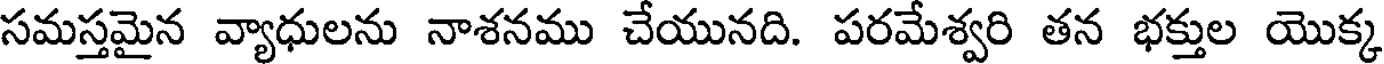
సమస్తమైన వ్యాధులను నాశనము చేయునది. పరమేశ్వరి తన భక్తుల యొక్క